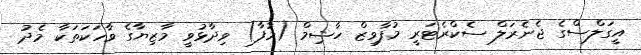
އީގަލްސްގެ ޖެނެރަލް ސެކްރެޓަރީ މުފާވިޒް ހާޝިމް (މުފާ) ވިދާޅުވީ މާޒިޔާގެ ވާހަކަތަކާ މެދު